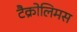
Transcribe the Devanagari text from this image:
टैक्रोलिमस